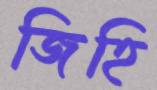
জিহি